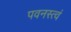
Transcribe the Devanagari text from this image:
पवनस्त्वं